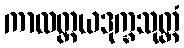
ကာလတ္တယဒုက္ခသုတ္တံ